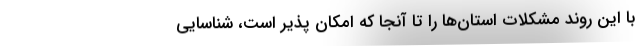
با این روند مشکلات استان‌ها را تا آنجا که امکان پذیر است، شناسایی